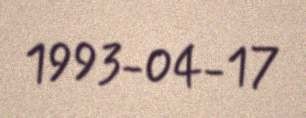
1993-04-17